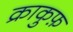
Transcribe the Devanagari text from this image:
क्राकुफ़